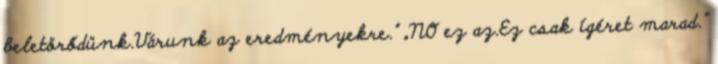
beletörődünk.Várunk az eredményekre.” „NO ez az.Ez csak ígéret marad.”